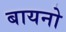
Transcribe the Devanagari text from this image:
बायनो